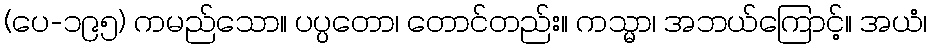
(ပေ-၁၉၅) ကမည်သော။ ပပ္ပတော၊ တောင်တည်း။ ကသ္မာ၊ အဘယ်ကြောင့်။ အယံ၊